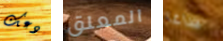
دعك المعلق ساغا